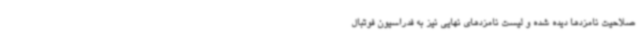
صلاحیت نامزدها دیده شده و لیست نامزدهای نهایی نیز به فدراسیون فوتبال